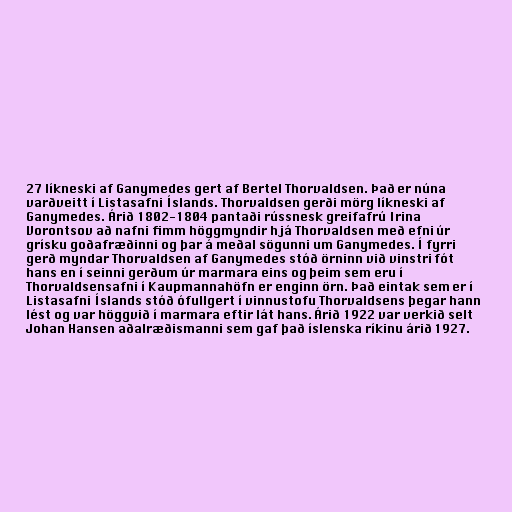
27 líkneski af Ganymedes gert af Bertel Thorvaldsen. Það er núna
varðveitt í Listasafni Íslands. Thorvaldsen gerði mörg líkneski af
Ganymedes. Árið 1802-1804 pantaði rússnesk greifafrú Irina
Vorontsov að nafni fimm höggmyndir hjá Thorvaldsen með efni úr
grísku goðafræðinni og þar á meðal sögunni um Ganymedes. Í fyrri
gerð myndar Thorvaldsen af Ganymedes stóð örninn við vinstri fót
hans en í seinni gerðum úr marmara eins og þeim sem eru í
Thorvaldsensafni í Kaupmannahöfn er enginn örn. Það eintak sem er í
Listasafni Íslands stóð ófullgert í vinnustofu Thorvaldsens þegar hann
lést og var höggvið í marmara eftir lát hans. Árið 1922 var verkið selt
Johan Hansen aðalræðismanni sem gaf það íslenska ríkinu árið 1927.